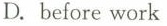
D. before work